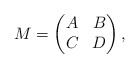
\begin{align*}M=\begin{pmatrix}A & B\\C & D\end{pmatrix},\end{align*}